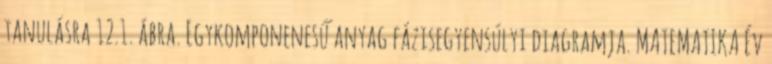
tanulásra 12.1. ábra. Egykomponenesű anyag fázisegyensúlyi diagramja. MATEMATIKA Év